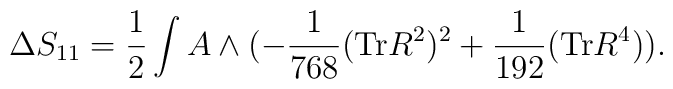
\Delta S_{11} = \frac{1}{2} \int A \wedge ( - \frac{1}{768} ({\rm Tr} R^2)^2 + \frac{1}{192} ({\rm Tr} R^4)).